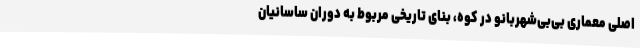
اصلی معماری بی‌بی‌شهربانو در کوه، بنای تاریخی مربوط به دوران ساسانیان